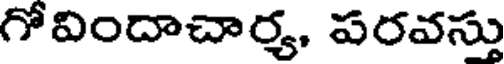
గోవిందాచార్య, పరవస్తు